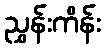
ညွှန်းကိန်း